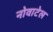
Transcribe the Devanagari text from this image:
नोवाटेल